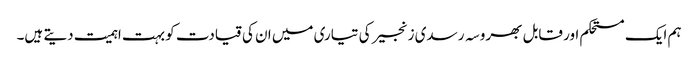
ہم ایک مستحکم اور قابل بھروسہ رسدی زنجیر کی تیاری میں ان کی قیادت کو بہت اہمیت دیتے ہیں۔